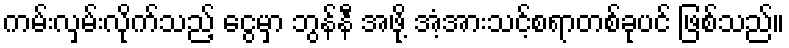
ကမ်းလှမ်းလိုက်သည့် ငွေမှာ ဘွန်နီ အဖို့ အံ့အားသင့်စရာတစ်ခုပင် ဖြစ်သည်။